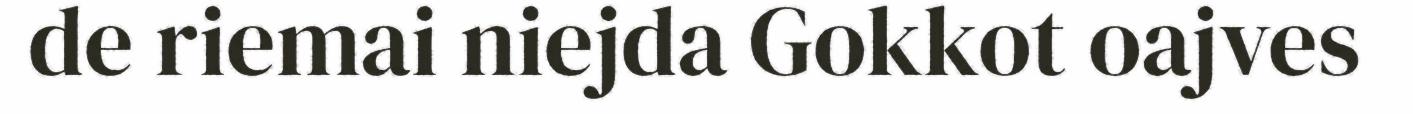
de riemai niejda Gokkot oajves